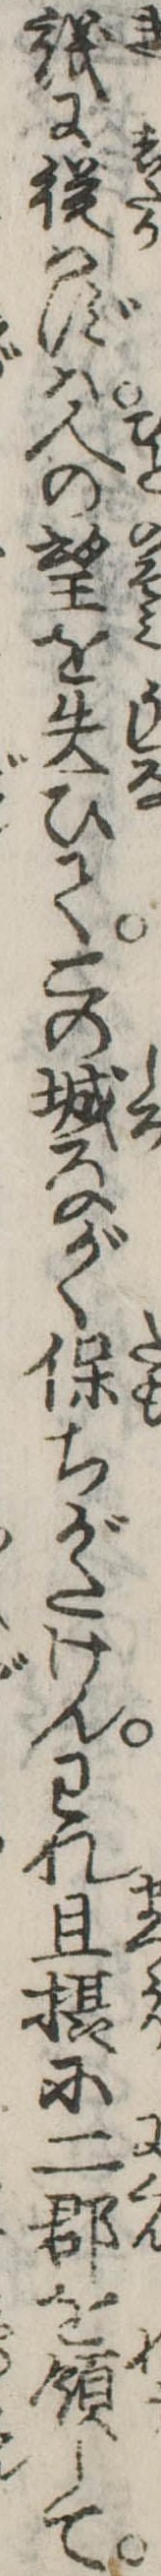
議に従はずは人の望を失ひてこの城ながく保ちがたけんわれ且摂に二郡を領して